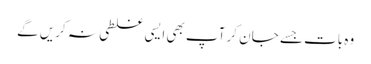
وہ بات جسے جا ن کر آپ بھی ایسی غلطی نہ کریں گے